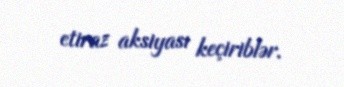
etiraz aksiyası keçiriblər.